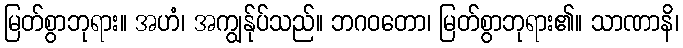
မြတ်စွာဘုရား။ အဟံ၊ အကျွန်ုပ်သည်။ ဘဂဝတော၊ မြတ်စွာဘုရား၏။ သာဏာနိ၊